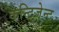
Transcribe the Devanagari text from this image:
कन्टिजेन्ट